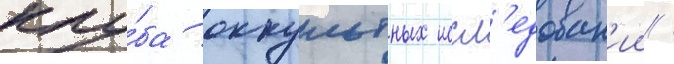
клу́ба оккультных иссл'едован'ии /